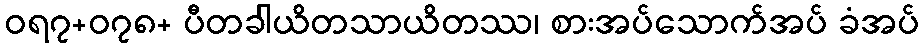
ဝရ၇+၀၇၈+ ပီတခါယိတသာယိတဿ၊ စားအပ်သောက်အပ် ခံအပ်